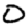
Digit: 0